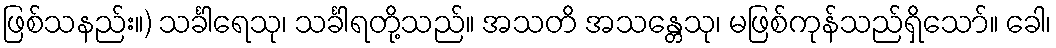
ဖြစ်သနည်း။) သင်္ခါရေသု၊ သင်္ခါရတို့သည်။ အသတိ အသန္တေသု၊ မဖြစ်ကုန်သည်ရှိသော်။ ခေါ၊